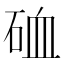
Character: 𥒌